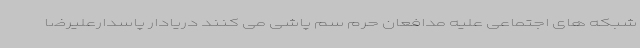
شبکه های اجتماعی علیه مدافعان حرم سم پاشی می کنند دریادار پاسدارعلیرضا